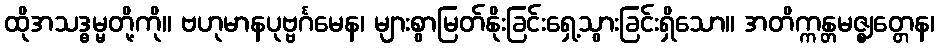
ထိုအသဒ္ဓမ္မတို့ကို။ ဗဟုမာနပုဗ္ဗင်္ဂမေန၊ များစွာမြတ်နိုးခြင်းရှေ့သွားခြင်းရှိသော။ အတိက္ကန္တမဇ္ဈတ္တေန၊